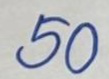
50